Report on vaccination in Madras 1895-1903 - 1895-1903
Year: 1895
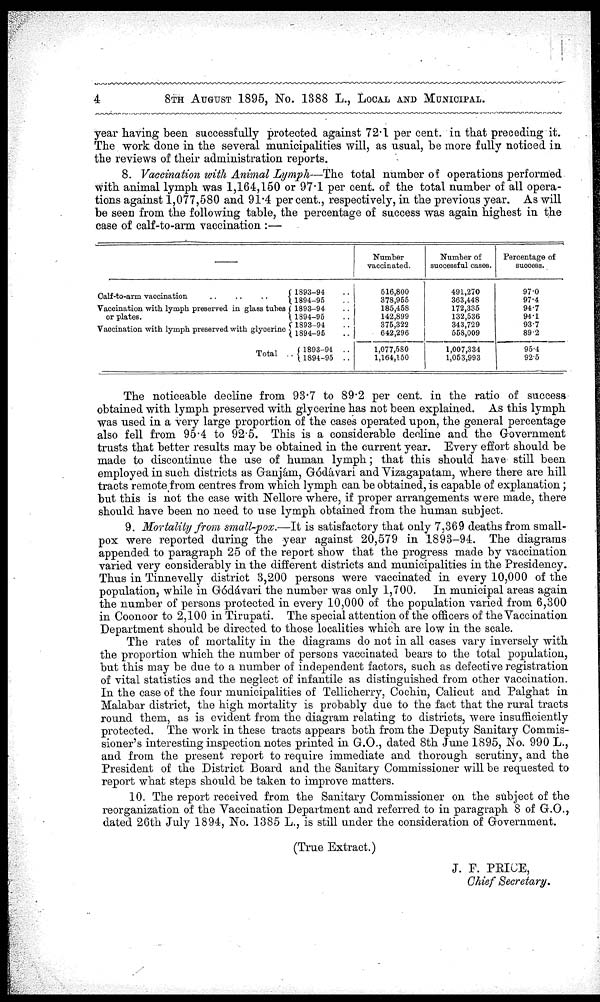
4
8TH AUGUST 1895, No. 1388 L., LOCAL AND MUNICIPAL.
year having been successfully protected against 72.1 per cent. in that preceding it.
The work done in the several municipalities will, as usual, be more fully noticed in
the reviews of their administration reports.
8. Vaccination with Animal Lymph—The total number of operations performed
with animal lymph was 1,164,150 or 97.1 per cent. of the total number of all opera-
tions against 1,077,580 and 91.4 per cent., respectively, in the previous year. As will
be seen from the following table, the percentage of success was again highest in the
case of calf-to-arm vaccination :—
Calf-to-arm vaccination
..
..
..
Vaccination with lymph preserved in glass tubes
or plates.
Vaccination with lymph preserved with glycerine
Total ..
1893-94 ..
1894-95 ..
1893-94 ..
1894-95 ..
1893-94 ..
1894-95 ..
1893-94
..
1894-95 ..
Number
vaccinated.
516,800
378,955
185,458
142,899
375,322
642,296
1,077,580
1,164,150
Number of
successful cases.
491,270
363,448
172,335
132,536
343,729
558,009
1,007,334
1,053,993
Percentage of
success.
97.0
97.4
94.7
94.1
93.7
89.2
95.4
92.5
The noticeable decline from 93.7 to 89.2 per cent. in the ratio of success
obtained with lymph preserved with glycerine has not been explained. As this lymph
was used in a very large proportion of the cases operated upon, the general percentage
also fell from 95.4 to 92.5. This is a considerable decline and the Government
trusts that better results may be obtained in the current year. Every effort should be
made to discontinue the use of human lymph; that this should have still been
employed in such districts as Ganjám, Gódávari and Vizagapatam, where there are hill
tracts remote from centres from which lymph can be obtained, is capable of explanation;
but this is not the case with Nellore where, if proper arrangements were made, there
should have been no need to use lymph obtained from the human subject.
9. Mortality from small-pox.—It is satisfactory that only 7,369 deaths from small-
pox were reported during the year against 20,579 in 1893-94. The diagrams
appended to paragraph 25 of the report show that the progress made by vaccination
varied very considerably in the different districts and municipalities in the Presidency.
Thus in Tinnevelly district 3,200 persons were vaccinated in every 10,000 of the
population, while in Gódávari the number was only 1,700. In municipal areas again
the number of persons protected in every 10,000 of the population varied from 6,300
in Coonoor to 2,100 in Tirupati. The special attention of the officers of the Vaccination
Department should be directed to those localities which are low in the scale.
The rates of mortality in the diagrams do not in all cases vary inversely with
the proportion which the number of persons vaccinated bears to the total population,
but this may be due to a number of independent factors, such as defective registration
of vital statistics and the neglect of infantile as distinguished from other vaccination.
In the case of the four municipalities of Tellicherry, Cochin, Calicut and Palghat in
Malabar district, the high mortality is probably due to the fact that the rural tracts
round them, as is evident from the diagram relating to districts, were insufficiently
protected. The work in these tracts appears both from the Deputy Sanitary Commis-
sioner's interesting inspection notes printed in G.O., dated 8th June 1895, No. 990 L.,
and from the present report to require immediate and thorough scrutiny, and the
President of the District Board and the Sanitary Commissioner will be requested to
report what steps should be taken to improve matters.
10. The report received from the Sanitary Commissioner on the subject of the
reorganization of the Vaccination Department and referred to in paragraph 8 of G.O.,
dated 26th July 1894, No. 1385 L., is still under the consideration of Government.
(True Extract.)
J. F. PRICE,
Chief Secretary.